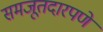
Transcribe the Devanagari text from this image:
समजूतदारपणे